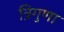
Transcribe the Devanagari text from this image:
त्रिगुणा